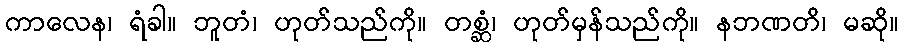
ကာလေန၊ ရံခါ။ ဘူတံ၊ ဟုတ်သည်ကို။ တစ္ဆံ၊ ဟုတ်မှန်သည်ကို။ နဘဏတိ၊ မဆို။